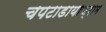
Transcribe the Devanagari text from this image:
चपटाडायाफ्राम